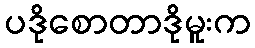
ပဒိုစောတာဒိုမူးက